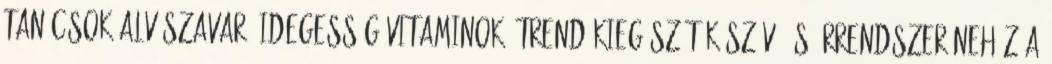
tanácsok Alvászavar, Idegesség Vitaminok,étrend-kiegészítők Szív- és érrendszer Nehéz a